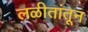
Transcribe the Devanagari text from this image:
लळीतांतून